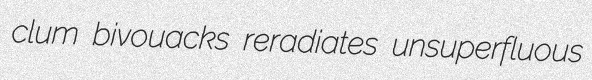
clum bivouacks reradiates unsuperfluous